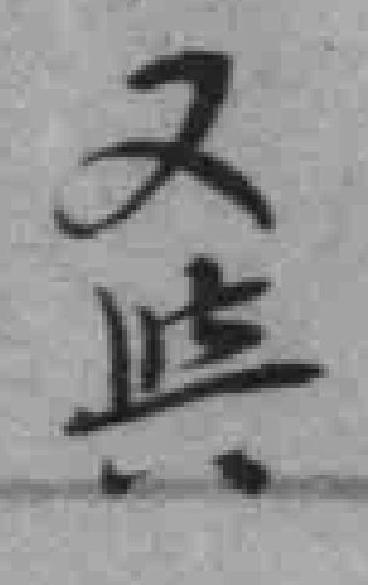
又舆